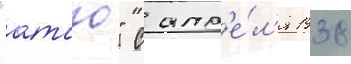
"атаго" с апр'е́л'я 1938